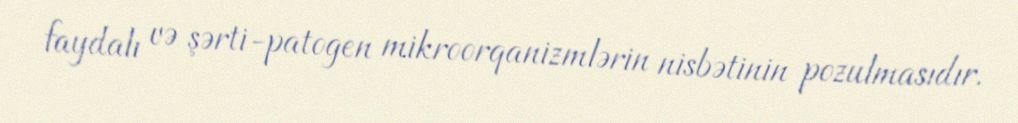
faydalı və şərti-patogen mikroorqanizmlərin nisbətinin pozulmasıdır.